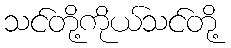
သင်တို့ကိုယ်သင်တို့